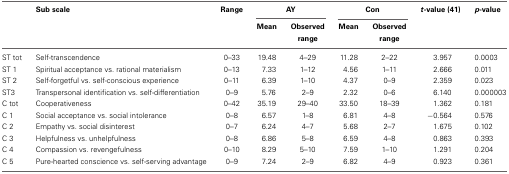
<table><thead><tr><td></td><td><b>Sub scale</b></td><td><b>Range</b></td><td colspan="2"><b>AY</b></td><td colspan="2"><b>Con</b></td><td><b><i>t</i>-value (41)</b></td><td><b><i>p</i>-value</b></td></tr><tr><td></td><td></td><td></td><td><b>Mean</b></td><td><b>Observed range</b></td><td><b>Mean</b></td><td><b>Observed range</b></td><td></td><td></td></tr></thead><tbody><tr><td>ST tot</td><td>Self-transcendence</td><td>0–33</td><td>19.48</td><td>4–29</td><td>11.28</td><td>2–22</td><td>3.957</td><td>0.0003</td></tr><tr><td>ST 1</td><td>Spiritual acceptance vs. rational materialism</td><td>0–13</td><td>7.33</td><td>1–12</td><td>4.56</td><td>1–11</td><td>2.666</td><td>0.011</td></tr><tr><td>ST 2</td><td>Self-forgetful vs. self-conscious experience</td><td>0–11</td><td>6.39</td><td>1–10</td><td>4.37</td><td>0–9</td><td>2.359</td><td>0.023</td></tr><tr><td>ST3</td><td>Transpersonal identification vs. self-differentiation</td><td>0–9</td><td>5.76</td><td>2–9</td><td>2.32</td><td>0–6</td><td>6.140</td><td>0.000003</td></tr><tr><td>C tot</td><td>Cooperativeness</td><td>0–42</td><td>35.19</td><td>29–40</td><td>33.50</td><td>18–39</td><td>1.362</td><td>0.181</td></tr><tr><td>C 1</td><td>Social acceptance vs. social intolerance</td><td>0–8</td><td>6.57</td><td>1–8</td><td>6.81</td><td>4–8</td><td>−0.564</td><td>0.576</td></tr><tr><td>C 2</td><td>Empathy vs. social disinterest</td><td>0–7</td><td>6.24</td><td>4–7</td><td>5.68</td><td>2–7</td><td>1.675</td><td>0.102</td></tr><tr><td>C 3</td><td>Helpfulness vs. unhelpfulness</td><td>0–8</td><td>6.86</td><td>5–8</td><td>6.59</td><td>4–8</td><td>0.863</td><td>0.393</td></tr><tr><td>C 4</td><td>Compassion vs. revengefulness</td><td>0–10</td><td>8.29</td><td>5–10</td><td>7.59</td><td>1–10</td><td>1.291</td><td>0.204</td></tr><tr><td>C 5</td><td>Pure-hearted conscience vs. self-serving advantage</td><td>0–9</td><td>7.24</td><td>2–9</td><td>6.82</td><td>4–9</td><td>0.923</td><td>0.361</td></tr></tbody></table>